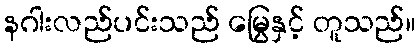
နဂါးလည်ပင်းသည် မြွေနှင့် တူသည်။